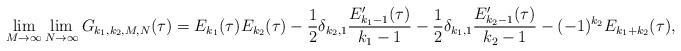
\begin{align*}\lim_{M\rightarrow \infty} \lim_{N\rightarrow \infty} G_{k_1,k_2,M,N}(\tau) & = E_{k_1}(\tau) E_{k_2}(\tau)-\frac{1}{2} \delta_{k_2,1} \frac{E_{k_1-1}'(\tau)}{k_1-1} - \frac{1}{2} \delta_{k_1,1} \frac{E_{k_2-1}'(\tau)}{k_2-1}-(-1)^{k_2}E_{k_1+k_2}(\tau),\end{align*}